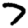
Digit: 7